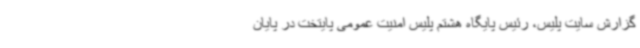
گزارش سایت پلیس، رئیس پایگاه هشتم پلیس امنیت عمومی پایتخت در پایان